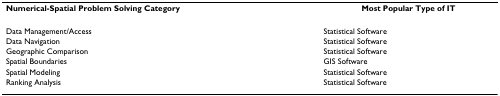
| Numerical-Spatial Problem Solving Category | Most Popular Type of IT |
 | --- | --- |
 | Data Management/Access | Statistical Software |
 | Data Navigation | Statistical Software |
 | Geographic Comparison | Statistical Software |
 | Spatial Boundaries | GIS Software |
 | Spatial Modeling | Statistical Software |
 | Ranking Analysis | Statistical Software |